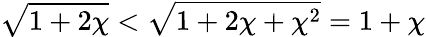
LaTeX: \sqrt{1+2\chi}<\sqrt{1+2\chi+\chi^{2}}=1+\chi